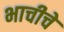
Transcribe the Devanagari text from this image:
भाचीचे